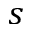
s